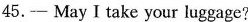
45.— May I take your luggage?